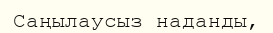
Саңылаусыз наданды,